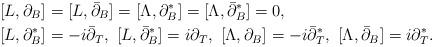
LaTeX: \begin{align*}&[L,\partial_B]=[L,\bar\partial_B] =[\Lambda,\partial_B^*]=[\Lambda,\bar\partial_B^*]=0,\\&[L,\partial_B^*]=-i\bar\partial_T,\ [L,\bar\partial_B^*]=i\partial_T,\ [\Lambda,\partial_B]=-i\bar\partial_T^*,\ [\Lambda,\bar\partial_B]=i\partial_T^*.\end{align*}